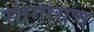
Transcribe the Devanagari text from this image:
सांगायच